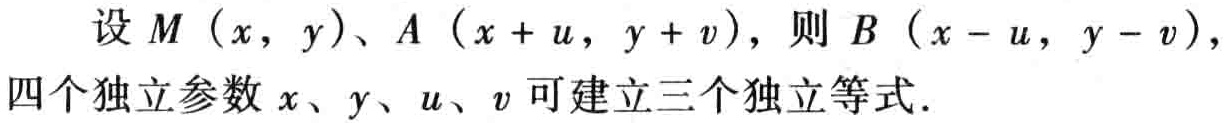
设 \(M\ (x,\ y)\)、\(A\ (x + u,\ y + v)\)，则 \(B\ (x - u,\ y - v)\)，
四个独立参数 \(x\)、\(y\)、\(u\)、\(v\) 可建立三个独立等式.